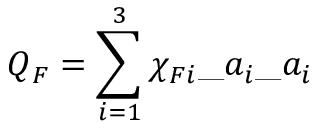
\= Q _ { \/ F } = \sum _ { i = 1 } ^ { 3 } \chi _ { { \/ F } i } \_ a _ { i } \_ a _ { i }